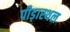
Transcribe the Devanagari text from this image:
पीड़ास्थल